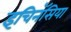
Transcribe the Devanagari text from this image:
इचिनॅसिया